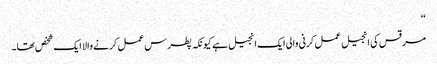
‘‘
مرقس کی انجیل عمل کرنی والی ایک انجیل ہے کیونکہ پطرس عمل کرنے والا ایک شخص تھا۔